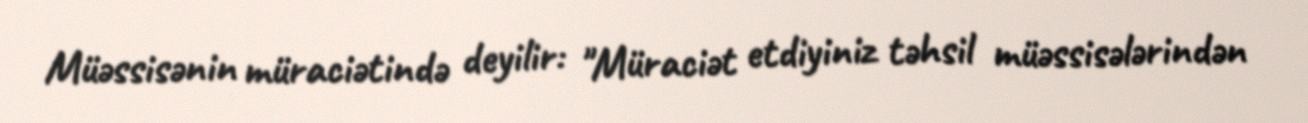
Müəssisənin müraciətində deyilir: "Müraciət etdiyiniz təhsil müəssisələrindən